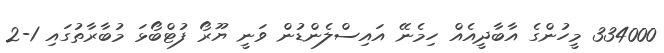
334000 މީހުންގެ އާބާދީއެއް ހިމެނޭ އައިސްލެންޑުން ވަނީ ޔޫރޯ ފުޓްބޯޅަ މުބާރާތުގައި 1-2